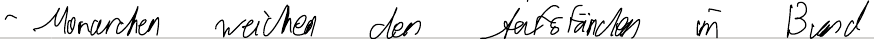
- Monarchen weichen den Aufständen im Bund